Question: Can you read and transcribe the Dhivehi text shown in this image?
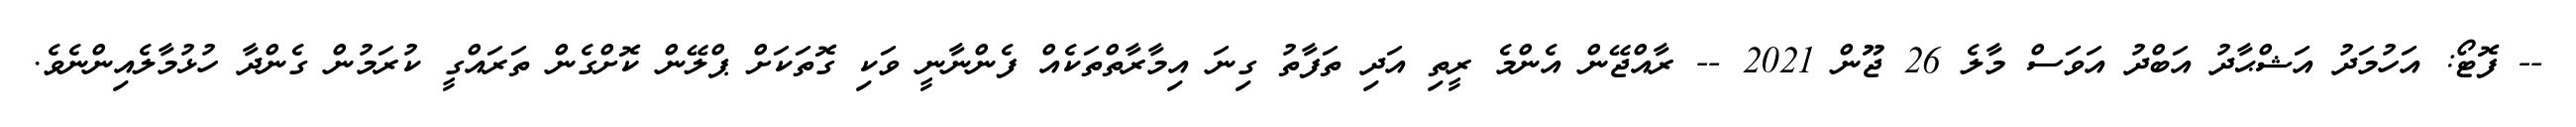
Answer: -- ފޮޓޯ: އަހުމަދު އަޝްޙާދު އަބްދު އަވަސް މާލެ 26 ޖޫން 2021 -- ރާއްޖޭން އެންމެ ރީތި އަދި ތަފާތު ގިނަ އިމާރާތްތަކެއް ފެންނާނީ ވަކި ގޮތަކަށް ޕްލޭން ކޮށްގެން ތަރައްގީ ކުރަމުން ގެންދާ ހުޅުމާލެއިންނެވެ.